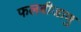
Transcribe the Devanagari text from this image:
फलबीजाणु